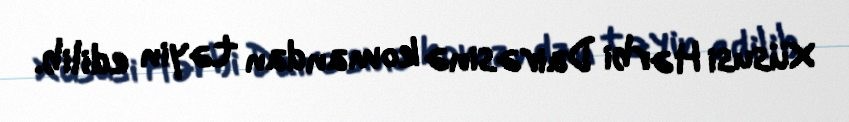
Xüsusi Hərbi Dairəsinə komandan təyin edilib.